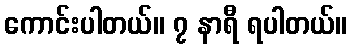
ကောင်းပါတယ်။ ၇ နာရီ ရပါတယ်။